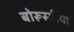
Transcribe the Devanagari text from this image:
बोरूस्सीया